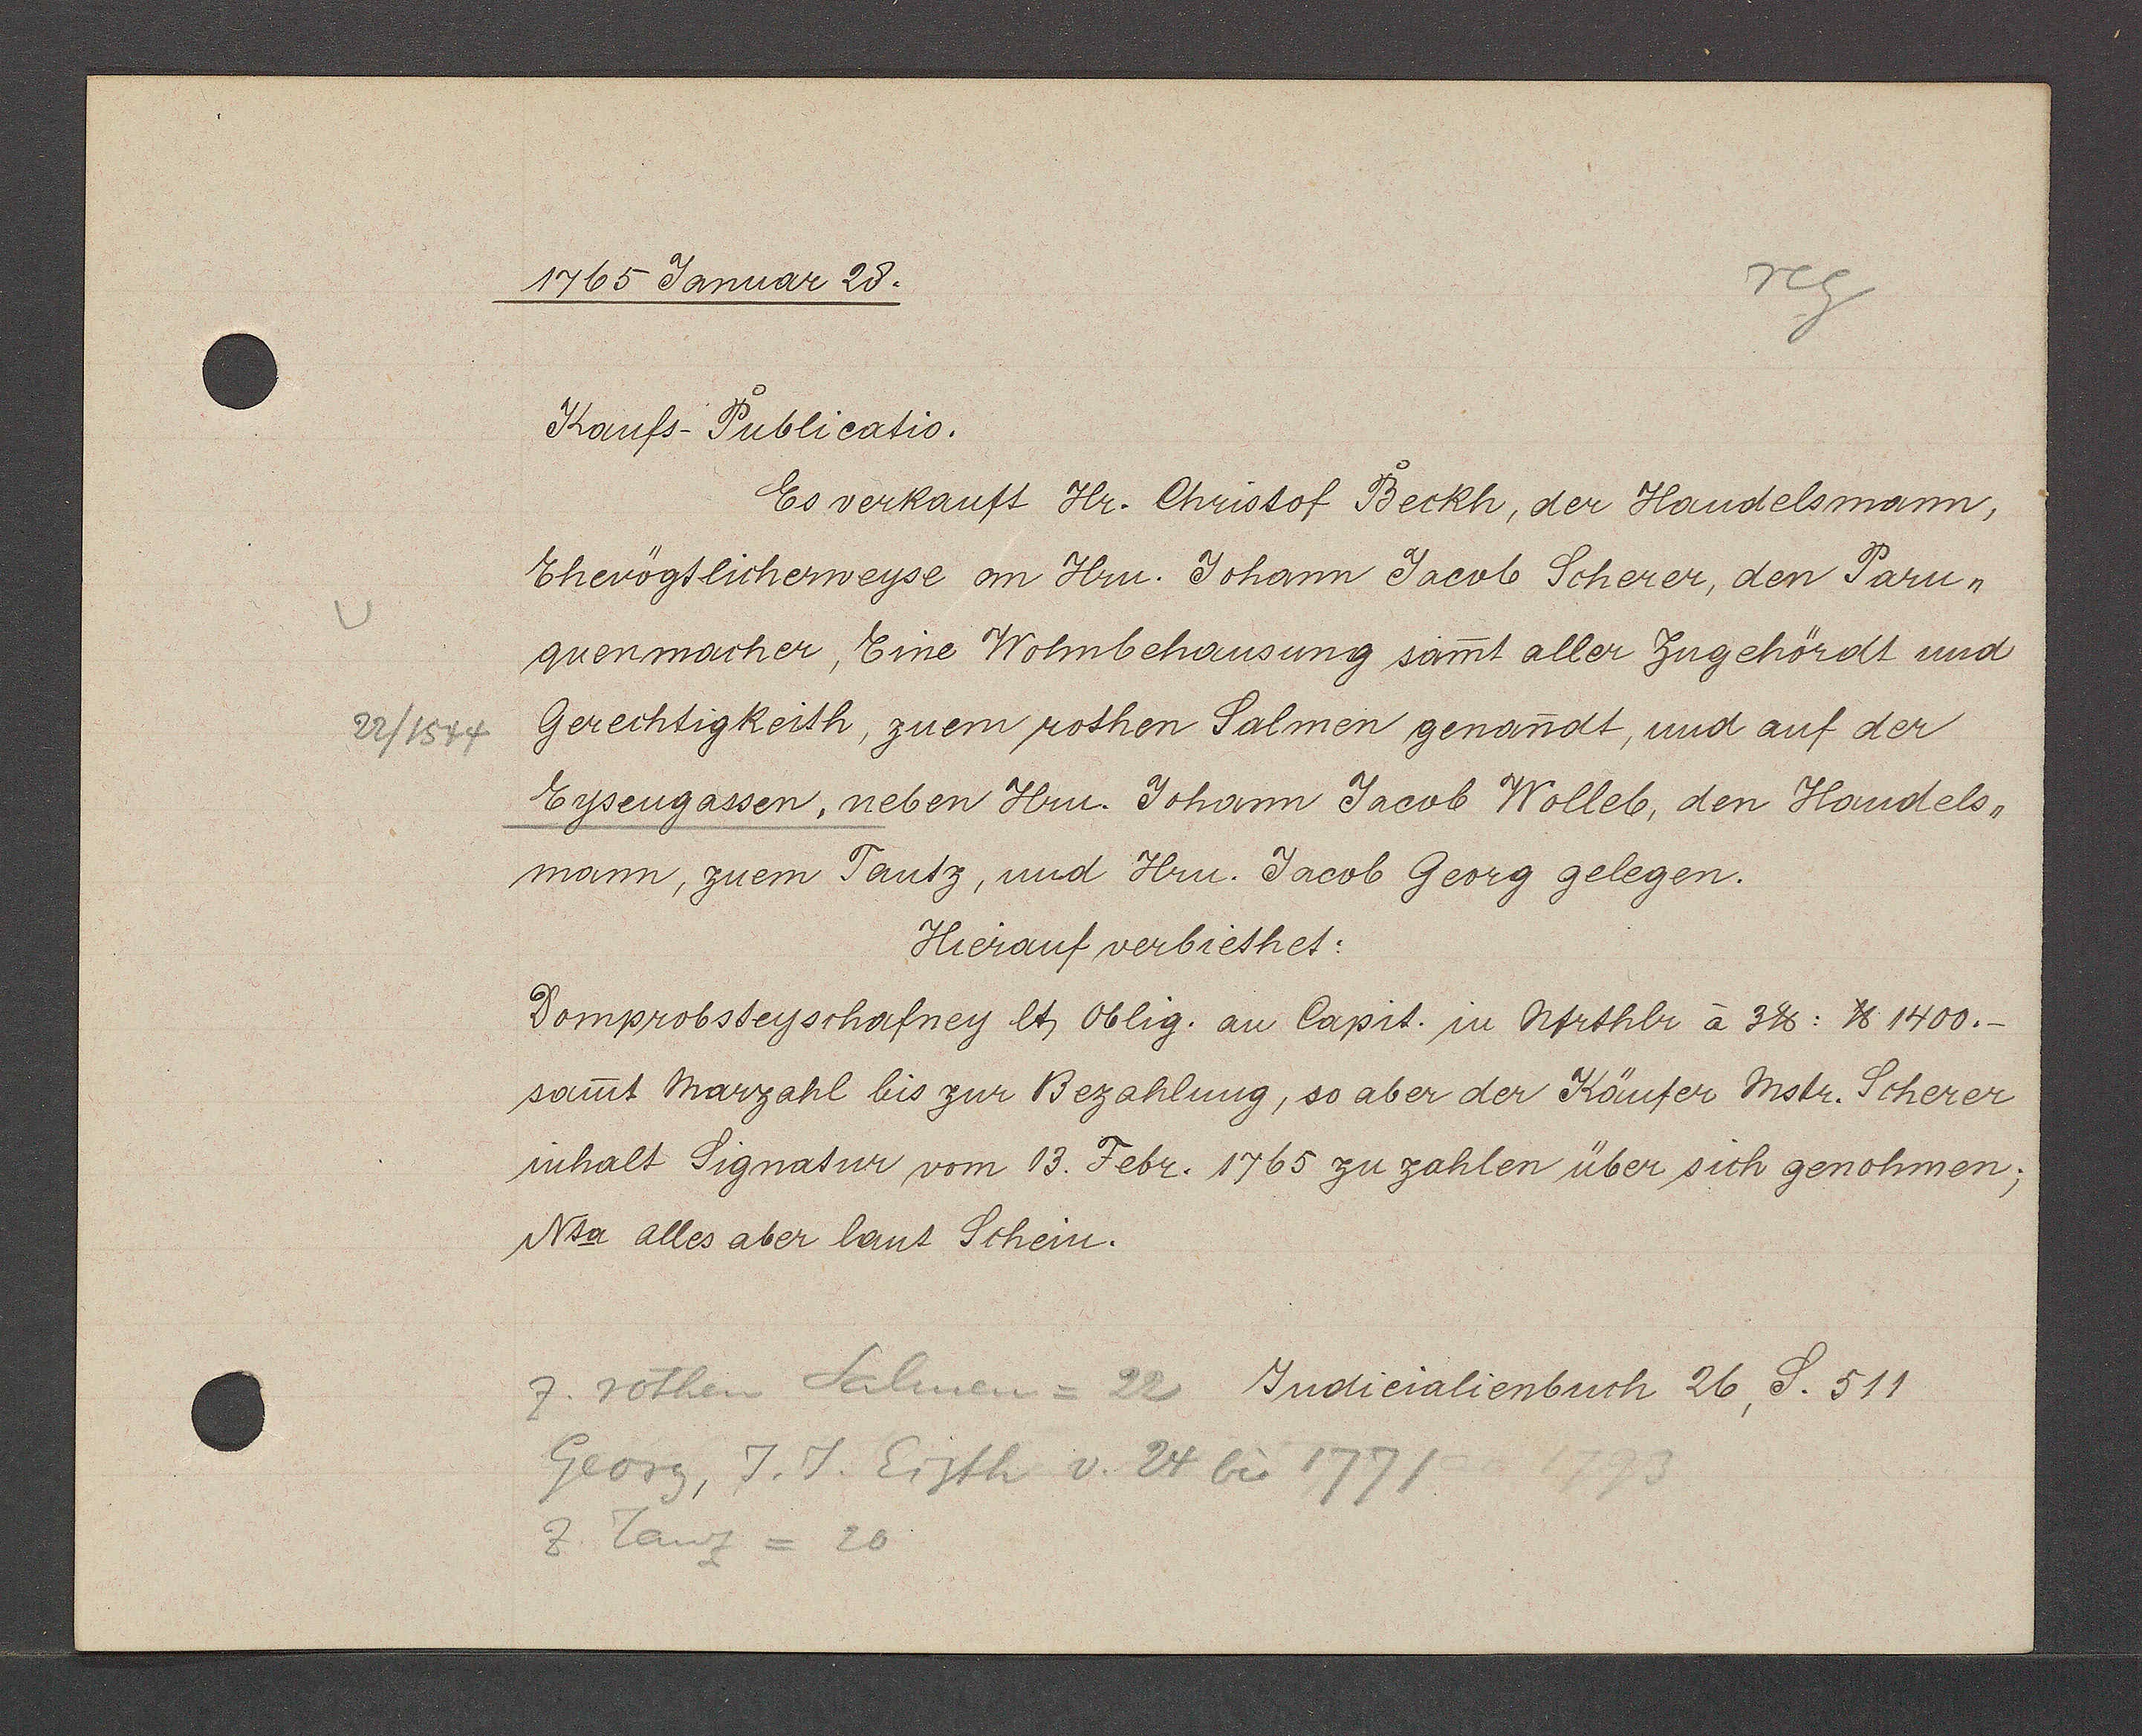
Transcript:
22/1544

1765 Januar 28.
Kaufs-Poublicatio.
Es verkauft Hr. Christof Boeckh, der Handelsmann,
Ehevögtlicherweyse an Hrn. Johann Jacob Scherer, den Paru-
quenmacher. Eine Wohnbehausung sammt aller Zugehördt und
Gerechtigkeith, zuem rothen Salmen genanndt, und auf der
Eysengassen, neben Hrn. Johann Jacob Wolleb, den Handels-
mann, zuem Tantz, und Hrn. Jacob Georg gelegen.
Hierauf verbiethet:
Domprobsteyschafney lt, Oblig. an Capit. in Nfrthlr à 3%: ℔ 1400.-
sammt Marzahl bis zur Bezahlung, so aber der Käufer Mstr. Scherer
inhalt Signatur vom 13. Febr. 1765 zu zahlen über sich genohmen;
Nta alles aber laut Schein.
Z. rothen Salmen = 22 Judicialienbuch 26, S. 511
Georg, J. J. Eigth v. 24 bis 1771
Z. Tanz = 20